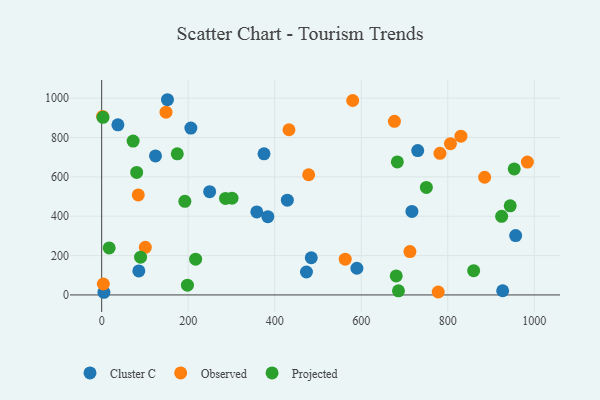
{"axis": {"x": "Price", "y": "Rating"}, "legend": ["Cluster C", "Observed", "Projected"], "data": [{"x": "384.1", "y": 397.8, "type": "Cluster C"}, {"x": "358.6", "y": 422.0, "type": "Cluster C"}, {"x": "152.1", "y": 992.1, "type": "Cluster C"}, {"x": "717.2", "y": 424.5, "type": "Cluster C"}, {"x": "5.2", "y": 13.5, "type": "Cluster C"}, {"x": "730.6", "y": 733.8, "type": "Cluster C"}, {"x": "484.5", "y": 189.0, "type": "Cluster C"}, {"x": "590.0", "y": 135.6, "type": "Cluster C"}, {"x": "124.4", "y": 706.3, "type": "Cluster C"}, {"x": "957.0", "y": 301.7, "type": "Cluster C"}, {"x": "429.2", "y": 481.8, "type": "Cluster C"}, {"x": "37.5", "y": 864.5, "type": "Cluster C"}, {"x": "927.0", "y": 21.2, "type": "Cluster C"}, {"x": "375.3", "y": 717.2, "type": "Cluster C"}, {"x": "206.2", "y": 847.9, "type": "Cluster C"}, {"x": "85.9", "y": 122.1, "type": "Cluster C"}, {"x": "473.4", "y": 116.6, "type": "Cluster C"}, {"x": "249.6", "y": 524.9, "type": "Cluster C"}, {"x": "984.1", "y": 675.2, "type": "Observed"}, {"x": "806.3", "y": 768.6, "type": "Observed"}, {"x": "830.5", "y": 806.7, "type": "Observed"}, {"x": "100.9", "y": 241.7, "type": "Observed"}, {"x": "580.3", "y": 988.1, "type": "Observed"}, {"x": "782.0", "y": 719.6, "type": "Observed"}, {"x": "712.6", "y": 220.2, "type": "Observed"}, {"x": "84.6", "y": 508.5, "type": "Observed"}, {"x": "478.5", "y": 610.9, "type": "Observed"}, {"x": "433.0", "y": 839.4, "type": "Observed"}, {"x": "885.3", "y": 598.0, "type": "Observed"}, {"x": "2.2", "y": 907.2, "type": "Observed"}, {"x": "148.7", "y": 928.9, "type": "Observed"}, {"x": "3.8", "y": 55.5, "type": "Observed"}, {"x": "778.0", "y": 14.8, "type": "Observed"}, {"x": "563.0", "y": 181.9, "type": "Observed"}, {"x": "676.8", "y": 882.4, "type": "Observed"}, {"x": "217.2", "y": 181.5, "type": "Projected"}, {"x": "286.3", "y": 490.7, "type": "Projected"}, {"x": "192.3", "y": 475.8, "type": "Projected"}, {"x": "686.1", "y": 20.8, "type": "Projected"}, {"x": "680.9", "y": 96.6, "type": "Projected"}, {"x": "72.7", "y": 782.2, "type": "Projected"}, {"x": "924.6", "y": 399.5, "type": "Projected"}, {"x": "750.6", "y": 546.6, "type": "Projected"}, {"x": "80.9", "y": 622.6, "type": "Projected"}, {"x": "174.8", "y": 717.1, "type": "Projected"}, {"x": "953.7", "y": 640.3, "type": "Projected"}, {"x": "301.3", "y": 491.6, "type": "Projected"}, {"x": "17.3", "y": 238.7, "type": "Projected"}, {"x": "859.9", "y": 123.4, "type": "Projected"}, {"x": "683.5", "y": 676.0, "type": "Projected"}, {"x": "944.4", "y": 453.1, "type": "Projected"}, {"x": "198.3", "y": 49.6, "type": "Projected"}, {"x": "89.9", "y": 192.0, "type": "Projected"}, {"x": "3.1", "y": 902.6, "type": "Projected"}]}